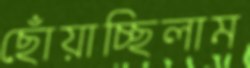
ছোঁয়াচ্ছিলাম